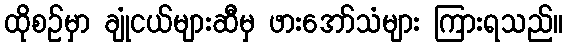
ထိုစဉ်မှာ ချုံငယ်များဆီမှ ဖားအော်သံများ ကြားရသည်။